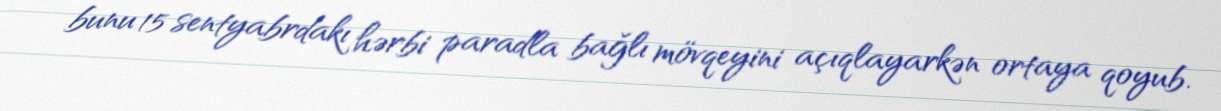
bunu 15 sentyabrdakı hərbi paradla bağlı mövqeyini açıqlayarkən ortaya qoyub.